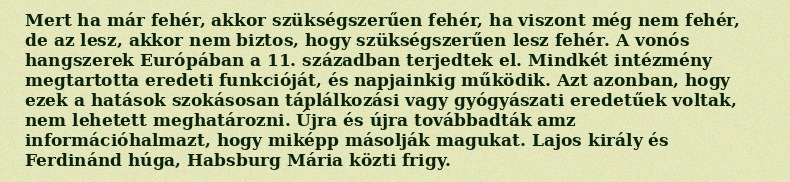
Mert ha már fehér, akkor szükségszerűen fehér, ha viszont még nem fehér, de az lesz, akkor nem biztos, hogy szükségszerűen lesz fehér. A vonós hangszerek Európában a 11. században terjedtek el. Mindkét intézmény megtartotta eredeti funkcióját, és napjainkig működik. Azt azonban, hogy ezek a hatások szokásosan táplálkozási vagy gyógyászati eredetűek voltak, nem lehetett meghatározni. Újra és újra továbbadták amz információhalmazt, hogy miképp másolják magukat. Lajos király és Ferdinánd húga, Habsburg Mária közti frigy.